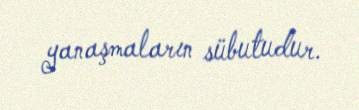
yanaşmaların sübutudur.